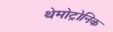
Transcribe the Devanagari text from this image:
थेमोट्रोनिक